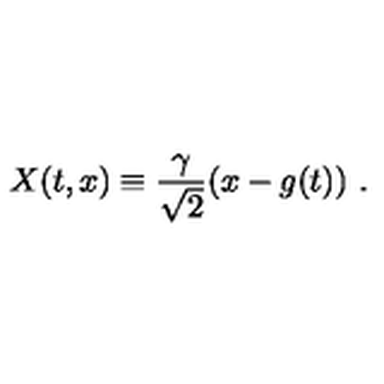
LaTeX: X ( t , x ) \equiv { \frac { \gamma } { \sqrt { 2 } } } ( x - g ( t ) ) \ .